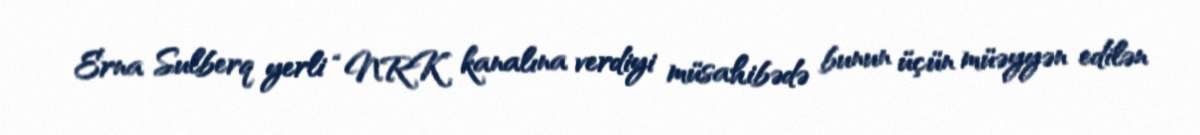
Erna Sulberq yerli “NRK” kanalına verdiyi müsahibədə bunun üçün müəyyən edilən